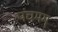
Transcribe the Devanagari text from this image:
पंचमम्